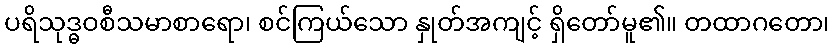
ပရိသုဒ္ဓဝစီသမာစာရော၊ စင်ကြယ်သော နှုတ်အကျင့် ရှိတော်မူ၏။ တထာဂတော၊